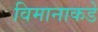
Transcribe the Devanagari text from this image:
विमानाकडे